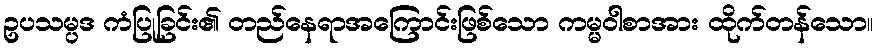
ဥပသမ္ပဒ ကံပြုခြင်း၏ တည်နေရာအကြောင်းဖြစ်သော ကမ္မဝါစာအား ထိုက်တန်သော။